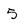
Character: 5